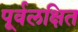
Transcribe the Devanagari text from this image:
पूर्वलक्षित